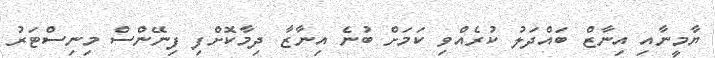
ޔާމީނާއި އިނާޒް ބައްދަލު ކުރެއްވި ކަމަށް ބުނެ އިނާޒާ ދިމާކޮށްފި ފިނޭންސް މިނިސްޓަރު